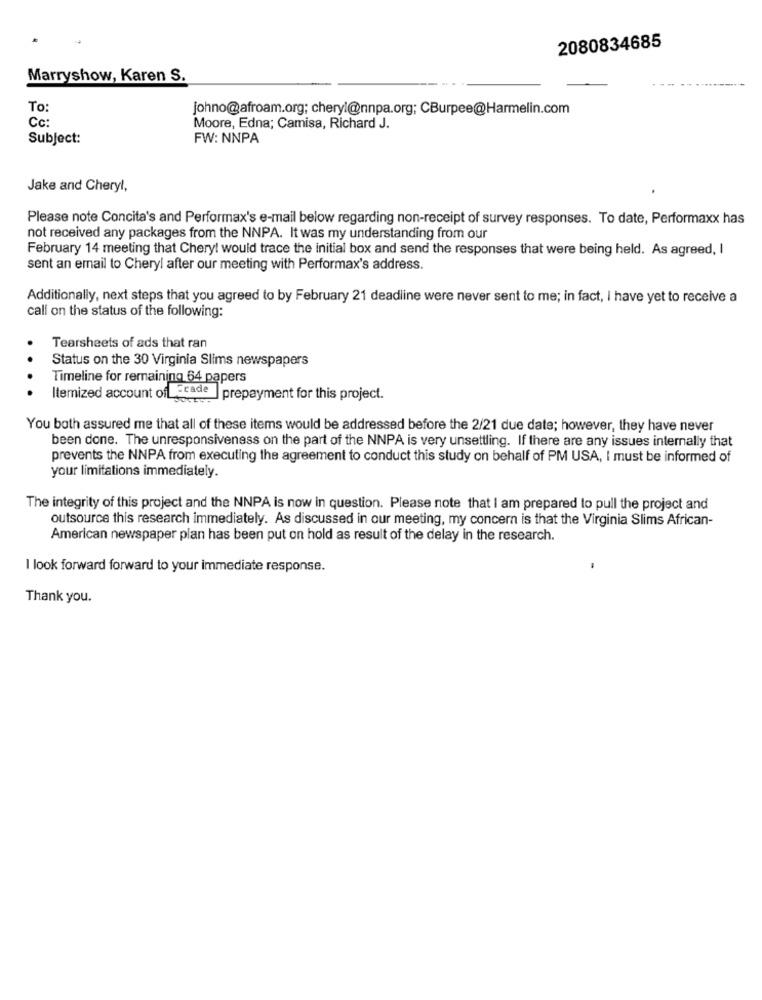
2080834685
Marryshow, Karen S.
To
johno@afroam.org; cheryl@nnpa.org; CBurpee@Harmelin.com
Cc:
Moore, Edna; Camisa, Richard J.
Subject:
FW: NNPA
Jake and Cheryl,
Please note Concita's and Performax's e-mail below regarding non-receipt of survey responses. To date, Performaxx has
not received any packages from the NNPA. It was my understanding from our
February 14 meeting that Chery! would trace the initial box and send the responses that were being held. As agreed, I
sent an email to Cheryl after our meeting with Performax's address.
Additionally, next steps that you agreed to by February 21 deadline were never sent to me; in fact, I have yet to receive a
call on the status of the following:
Tearsheets of ads that ran
Status on the 30 Virginia Slims newspapers
Timeline for remaining 64 papers
Itemized account of _Erade
prepayment for this project.
You both assured me that all of these items would be addressed before the 2/21 due date; however, they have never
been done. The unresponsiveness on the part of the NNPA is very unsettling. If there are any issues internally that
prevents the NNPA from executing the agreement to conduct this study on behalf of PM USA, I must be informed of
your limitations immediately.
The integrity of this project and the NNPA is now in question. Please note that I am prepared to pull the project and
outsource this research immediately. As discussed in our meeting, my concern is that the Virginia Slims African-
American newspaper plan has been put on hold as result of the delay in the research.
I look forward forward to your immediate response.
Thank you.